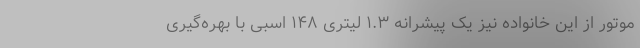
موتور از این خانواده نیز یک پیشرانه ۱.۳ لیتری ۱۴۸ اسبی با بهره‌گیری